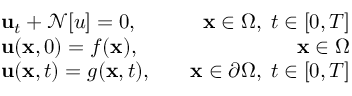
\begin{array} { r l r } & { \mathbf { u } _ { t } + \mathcal { N } [ u ] = 0 , \quad } & { \mathbf { x } \in \Omega , \; t \in [ 0 , T ] } \\ & { \mathbf { u } ( \mathbf { x } , 0 ) = f ( \mathbf { x } ) , \quad } & { \mathbf { x } \in \Omega } \\ & { \mathbf { u } ( \mathbf { x } , t ) = g ( \mathbf { x } , t ) , \quad } & { \mathbf { x } \in \partial \Omega , \; t \in [ 0 , T ] } \end{array}